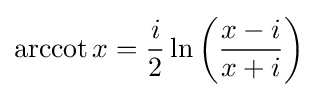
\operatorname {arccot} x={\frac {i}{2}}\ln \left({\frac {x-i}{x+i}}\right)